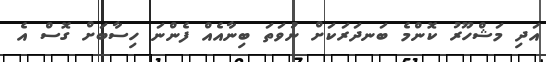
އަދި މަޝްހޫރު ކޮންމެ ބަނދަރަކަށް ނުވަތަ ބިނާއެއް ފެންނަ ހިސާބަށް ގޮސް އެ